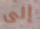
إلى